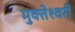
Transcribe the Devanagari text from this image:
मुक्‍तेश्‍वरी